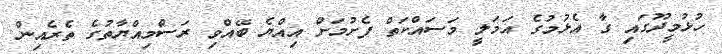
ހުޅުމީދޫގައި ގާ އެޅުމުގެ އަމަލީ މަސައްކަތް ފެށުމަށް އިއްޔެ ބޭއްވި ރަސްމިއްޔާތުގެ ތެރެއިން